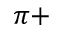
\pi +